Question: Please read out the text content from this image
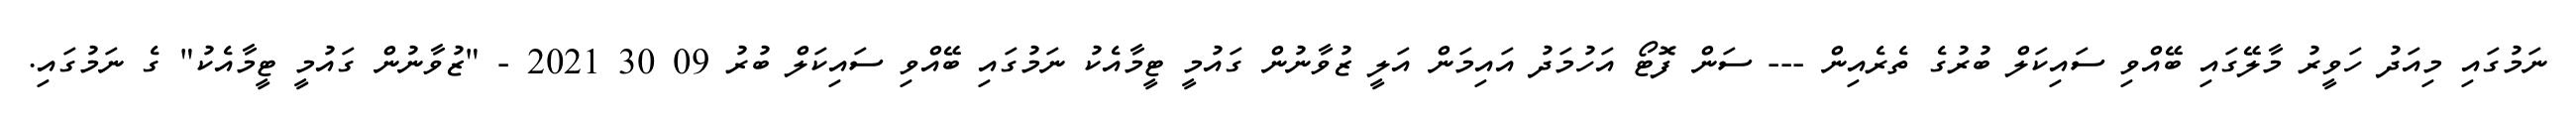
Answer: ނަމުގައި މިއަދު ހަވީރު މާލޭގައި ބޭއްވި ސައިކަލް ބުރުގެ ތެރެއިން --- ސަން ފޮޓޯ އަހުމަދު އައިމަން އަލީ ޒުވާނުން ގައުމީ ޓީމާއެކު ނަމުގައި ބޭއްވި ސައިކަލް ބުރު 09 30 2021 - "ޒުވާނުން ގައުމީ ޓީމާއެކު" ގެ ނަމުގައި.